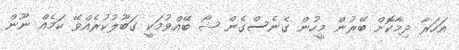
އަހަރާ ދިމާކޮށް ބޭރުން މީހުން ގެނެސްގެން ޝޯ ބޭއްވުމަކީ ގަބޫލުކުރެއްވޭ ކަމެއް ނޫން